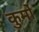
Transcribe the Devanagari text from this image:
कुर्मो